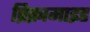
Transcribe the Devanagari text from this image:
प्रिक्रामाइड